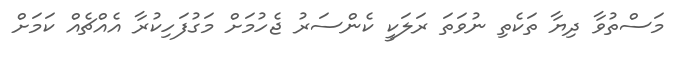
މަސްތުވާ ދިޔާ ތަކެތި ނުވަތަ ރަލަކީ ކެންސަރު ޖެހުމަށް މަގުފަހިކުރާ އެއްޗެއް ކަމަށް